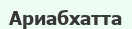
Ариабхатта